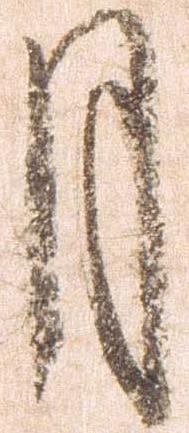
月